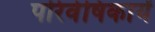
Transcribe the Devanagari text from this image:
परिवेषिकायें